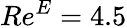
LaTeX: Re^{E}=4.5